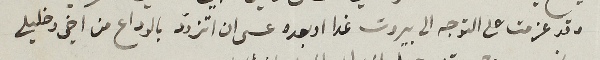
وقد عزمت على التوجه الى بيروت غدا او بعده عسى ان اتزوّد بالوداع من اخي وخليلي